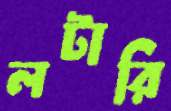
লটারি